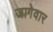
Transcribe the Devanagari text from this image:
जागेवार